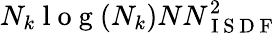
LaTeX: N_{k}\mathrm{~l~o~g~}(N_{k})NN_{\mathrm{~I~S~D~F~}}^{2}